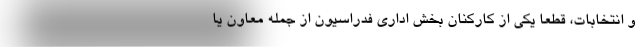
و انتخابات، قطعا یکی از کارکنان بخش اداری فدراسیون از جمله معاون یا